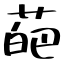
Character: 葩